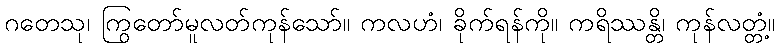
ဂတေသု၊ ကြွတော်မူလတ်ကုန်သော်။ ကလဟံ၊ ခိုက်ရန်ကို။ ကရိဿန္တိ၊ ကုန်လတ္တံ့။